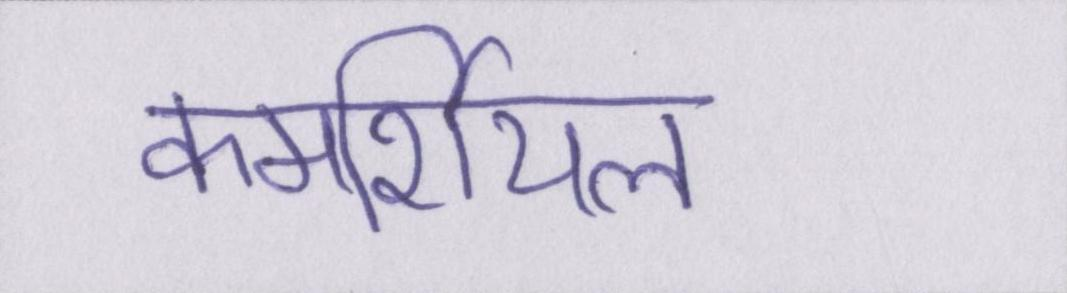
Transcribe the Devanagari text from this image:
कमर्शियल